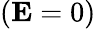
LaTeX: (\mathbf{E}=0)